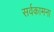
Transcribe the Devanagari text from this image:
सर्वकामना